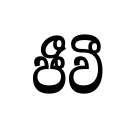
ජීවී